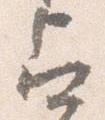
占